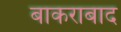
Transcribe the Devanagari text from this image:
बाकराबाद